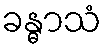
ခန္ဓာသံ